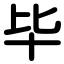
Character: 毕